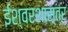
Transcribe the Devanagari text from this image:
ईश्वरशास्त्र